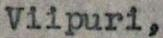
Viipuri,